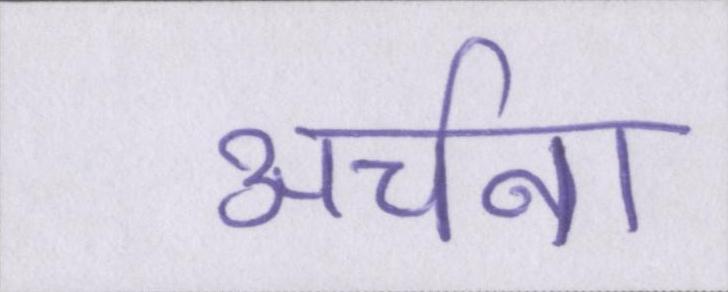
अर्चना